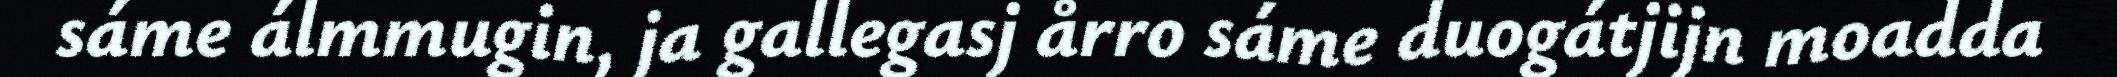
sáme álmmugin, ja gallegasj årro sáme duogátjijn moadda